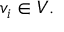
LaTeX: v _ { i } \in V .